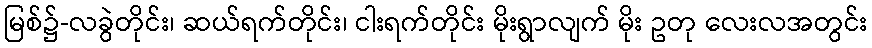
မြစ်၌-လခွဲတိုင်း၊ ဆယ်ရက်တိုင်း၊ ငါးရက်တိုင်း မိုးရွာလျက် မိုး ဥတု လေးလအတွင်း